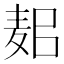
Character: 𪌛